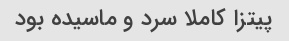
پیتزا کاملا سرد و ماسیده بود